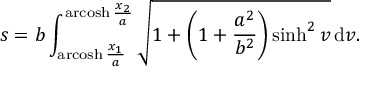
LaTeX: s = b \int _ { \operatorname { a r c o s h } { \frac { x _ { 1 } } { a } } } ^ { \operatorname { a r c o s h } { \frac { x _ { 2 } } { a } } } { \sqrt { 1 + \left( 1 + { \frac { a ^ { 2 } } { b ^ { 2 } } } \right) \sinh ^ { 2 } v } } \, \mathrm { d } v .